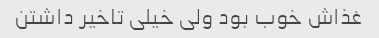
غذاش خوب بود ولی خیلی تاخیر داشتن